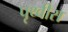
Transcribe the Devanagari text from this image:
पृथ्वीस